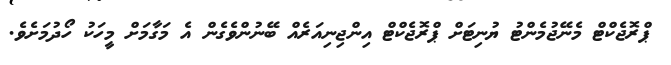
ޕްރޮޖެކްޓް މެނޭޖުމެންޓު ޔުނިޓަށް ޕްރޮޖެކްޓް އިންޖިނިއަރެއް ބޭނުންވެގެން އެ މަގާމަށް މީހަކު ހޯދުމަށެވެ.